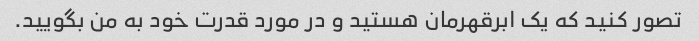
تصور کنید که یک ابرقهرمان هستید و در مورد قدرت خود به من بگویید.